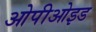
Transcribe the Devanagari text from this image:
ओपीओइड